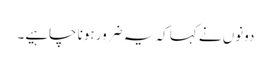
دونوں نے کہا کہ یہ ضرور ہونا چاہیے۔